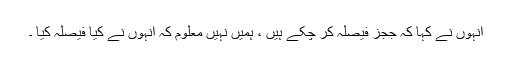
انہوں نے کہا کہ ججز فیصلہ کر چکے ہیں ، ہمیں نہیں معلوم کہ انہوں نے کیا فیصلہ کیا ۔